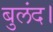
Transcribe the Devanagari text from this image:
बुलंद।